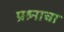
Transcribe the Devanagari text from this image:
प्रश्र्नाचा